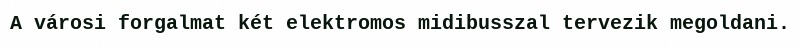
A városi forgalmat két elektromos midibusszal tervezik megoldani.